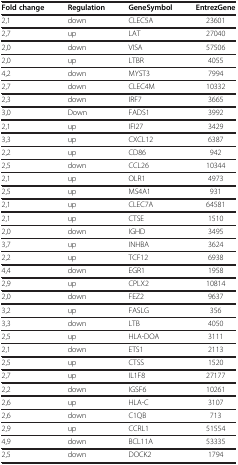
| Fold change | Regulation | GeneSymbol | EntrezGene |
 | --- | --- | --- | --- |
 | 2,1 | down | CLEC5A | 23601 |
 | 2,7 | up | LAT | 27040 |
 | 2,0 | down | VISA | 57506 |
 | 2,0 | up | LTBR | 4055 |
 | 4,2 | down | MYST3 | 7994 |
 | 2,7 | down | CLEC4M | 10332 |
 | 2,3 | down | IRF7 | 3665 |
 | 3,0 | Down | FADS1 | 3992 |
 | 2,1 | up | IFI27 | 3429 |
 | 3,3 | up | CXCL12 | 6387 |
 | 2,2 | up | CD86 | 942 |
 | 2,5 | down | CCL26 | 10344 |
 | 2,1 | up | OLR1 | 4973 |
 | 2,5 | up | MS4A1 | 931 |
 | 2,1 | up | CLEC7A | 64581 |
 | 2,1 | up | CTSE | 1510 |
 | 2,0 | down | IGHD | 3495 |
 | 3,7 | up | INHBA | 3624 |
 | 2,2 | up | TCF12 | 6938 |
 | 4,4 | down | EGR1 | 1958 |
 | 2,9 | up | CPLX2 | 10814 |
 | 2,0 | down | FEZ2 | 9637 |
 | 3,2 | up | FASLG | 356 |
 | 3,3 | down | LTB | 4050 |
 | 2,5 | up | HLA-DOA | 3111 |
 | 2,1 | down | ETS1 | 2113 |
 | 2,5 | up | CTSS | 1520 |
 | 2,7 | up | IL1F8 | 27177 |
 | 2,2 | down | IGSF6 | 10261 |
 | 2,6 | up | HLA-C | 3107 |
 | 2,6 | down | C1QB | 713 |
 | 2,9 | up | CCRL1 | 51554 |
 | 4,9 | down | BCL11A | 53335 |
 | 2,5 | down | DOCK2 | 1794 |